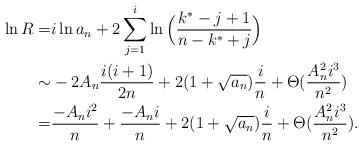
LaTeX: \begin{align*}\ln R =& i \ln a_n + 2 \sum_{j=1}^i \ln \Big( \frac{k^*-j+1}{n-k^*+j} \Big) \\ \sim & -2A_n \frac{i(i+1)}{2n} + 2 (1+\sqrt{a_n}) \frac{i}{n} +\Theta(\frac{A_n^2 i^3}{n^2}) \\=& \frac{-A_n i^2}{n}+ \frac{-A_n i}{n} + 2 (1+\sqrt{a_n}) \frac{i}{n} +\Theta(\frac{A_n^2 i^3}{n^2}).\end{align*}